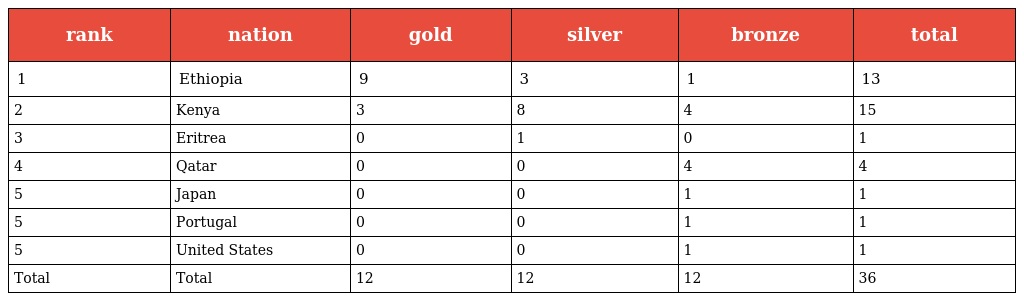
| rank | nation | gold | silver | bronze | total |
 | --- | --- | --- | --- | --- | --- |
 | 1 | Ethiopia | 9 | 3 | 1 | 13 |
 | 2 | Kenya | 3 | 8 | 4 | 15 |
 | 3 | Eritrea | 0 | 1 | 0 | 1 |
 | 4 | Qatar | 0 | 0 | 4 | 4 |
 | 5 | Japan | 0 | 0 | 1 | 1 |
 | 5 | Portugal | 0 | 0 | 1 | 1 |
 | 5 | United States | 0 | 0 | 1 | 1 |
 | Total | Total | 12 | 12 | 12 | 36 |